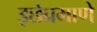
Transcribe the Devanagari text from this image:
इछेप्रमाणे